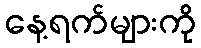
နေ့ရက်များကို